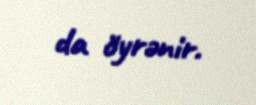
da öyrənir.